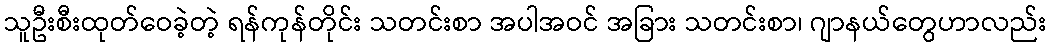
သူဦးစီးထုတ်ဝေခဲ့တဲ့ ရန်ကုန်တိုင်း သတင်းစာ အပါအဝင် အခြား သတင်းစာ၊ ဂျာနယ်တွေဟာလည်း